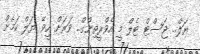
ޔަލް.. ޖަސްޓް ޓެލް މީ އެވްރީތިންގް.. ވަރަށް ހީވޭ ޔަލް ކަމެށް